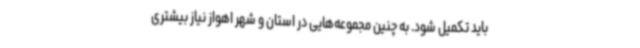
باید تکمیل شود. به چنین مجموعه‌هایی در استان و شهر اهواز نیاز بیشتری